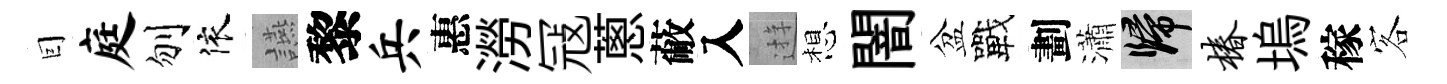
囙庭刎依讌黎兵惠澇冦蔥蔽入逰想闇盆戰劃瀟歸椿塢稼客